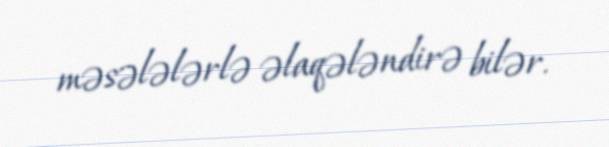
məsələlərlə əlaqələndirə bilər.